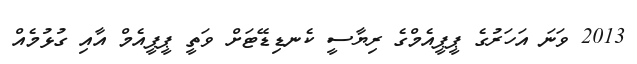
2013 ވަނަ އަހަރުގެ ޕީޕީއެމްގެ ރިޔާސީ ކެނޑިޑޭޓަށް ވަތީ ޕީޕީއެމް އާއި ގުޅުމެއް